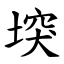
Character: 堗